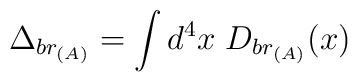
\Delta_{br_{(A)}} = \int d^4 x \; D_{br_{(A)}} (x)